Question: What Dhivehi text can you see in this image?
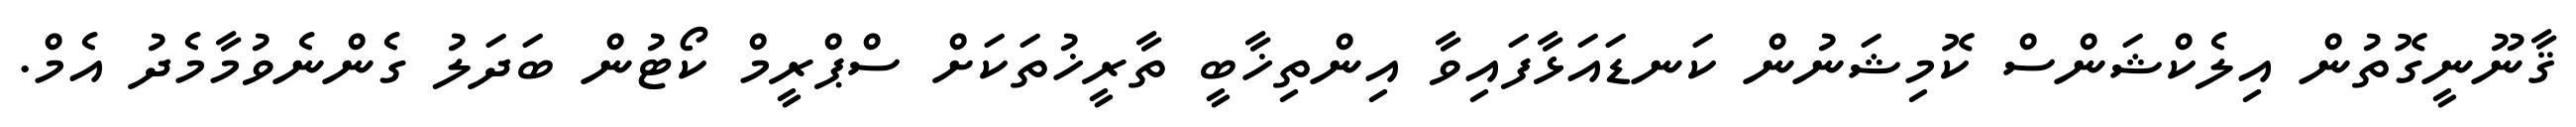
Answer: ޤާނޫނީގޮތުން އިލެކްޝަންސް ކޮމިޝަނުން ކަނޑައަޅާފައިވާ އިންތިޚާބީ ތާރީޚުތަކަށް ސްޕްރީމް ކޯޓުން ބަދަލު ގެންނެވުމާމެދު އެމް.